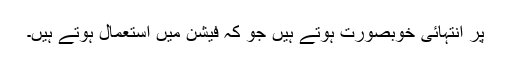
پَر انتہائی خوبصورت ہوتے ہیں جو کہ فیشن میں استعمال ہوتے ہیں۔